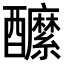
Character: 醿